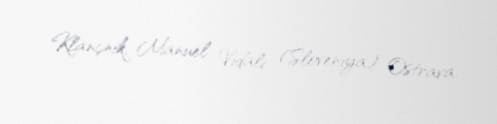
Klançnik, Manuel Vidali (Sloveniya) Ostrava.